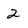
Character: 2